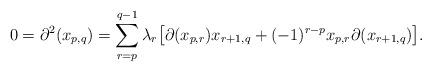
LaTeX: \begin{align*}0=\partial^2(x_{p,q}) = \sum_{r=p}^{q-1}\lambda_r \big[\partial(x_{p,r})x_{r+1,q}+(-1)^{r-p}x_{p,r}\partial(x_{r+1,q}) \big].\end{align*}